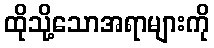
ထိုသို့သောအရာများကို